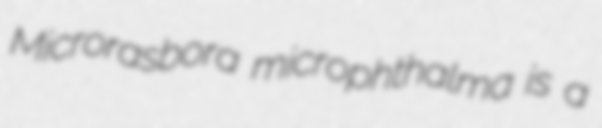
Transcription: Microrasbora microphthalma is a